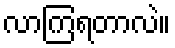
လာကြရတာလဲ။